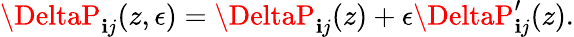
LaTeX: \DeltaP_{\mathbf{i}j}(z,\epsilon)=\DeltaP_{\mathbf{i}j}(z)+\epsilon\DeltaP_{\mathbf{i}j}^{\prime}(z).